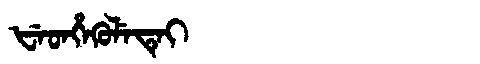
Manchu: ᡶᡝᡨᡥᡝᡴᡠᠯᡝᡨᡝᡳ
Romanization: FETHEKULETEI